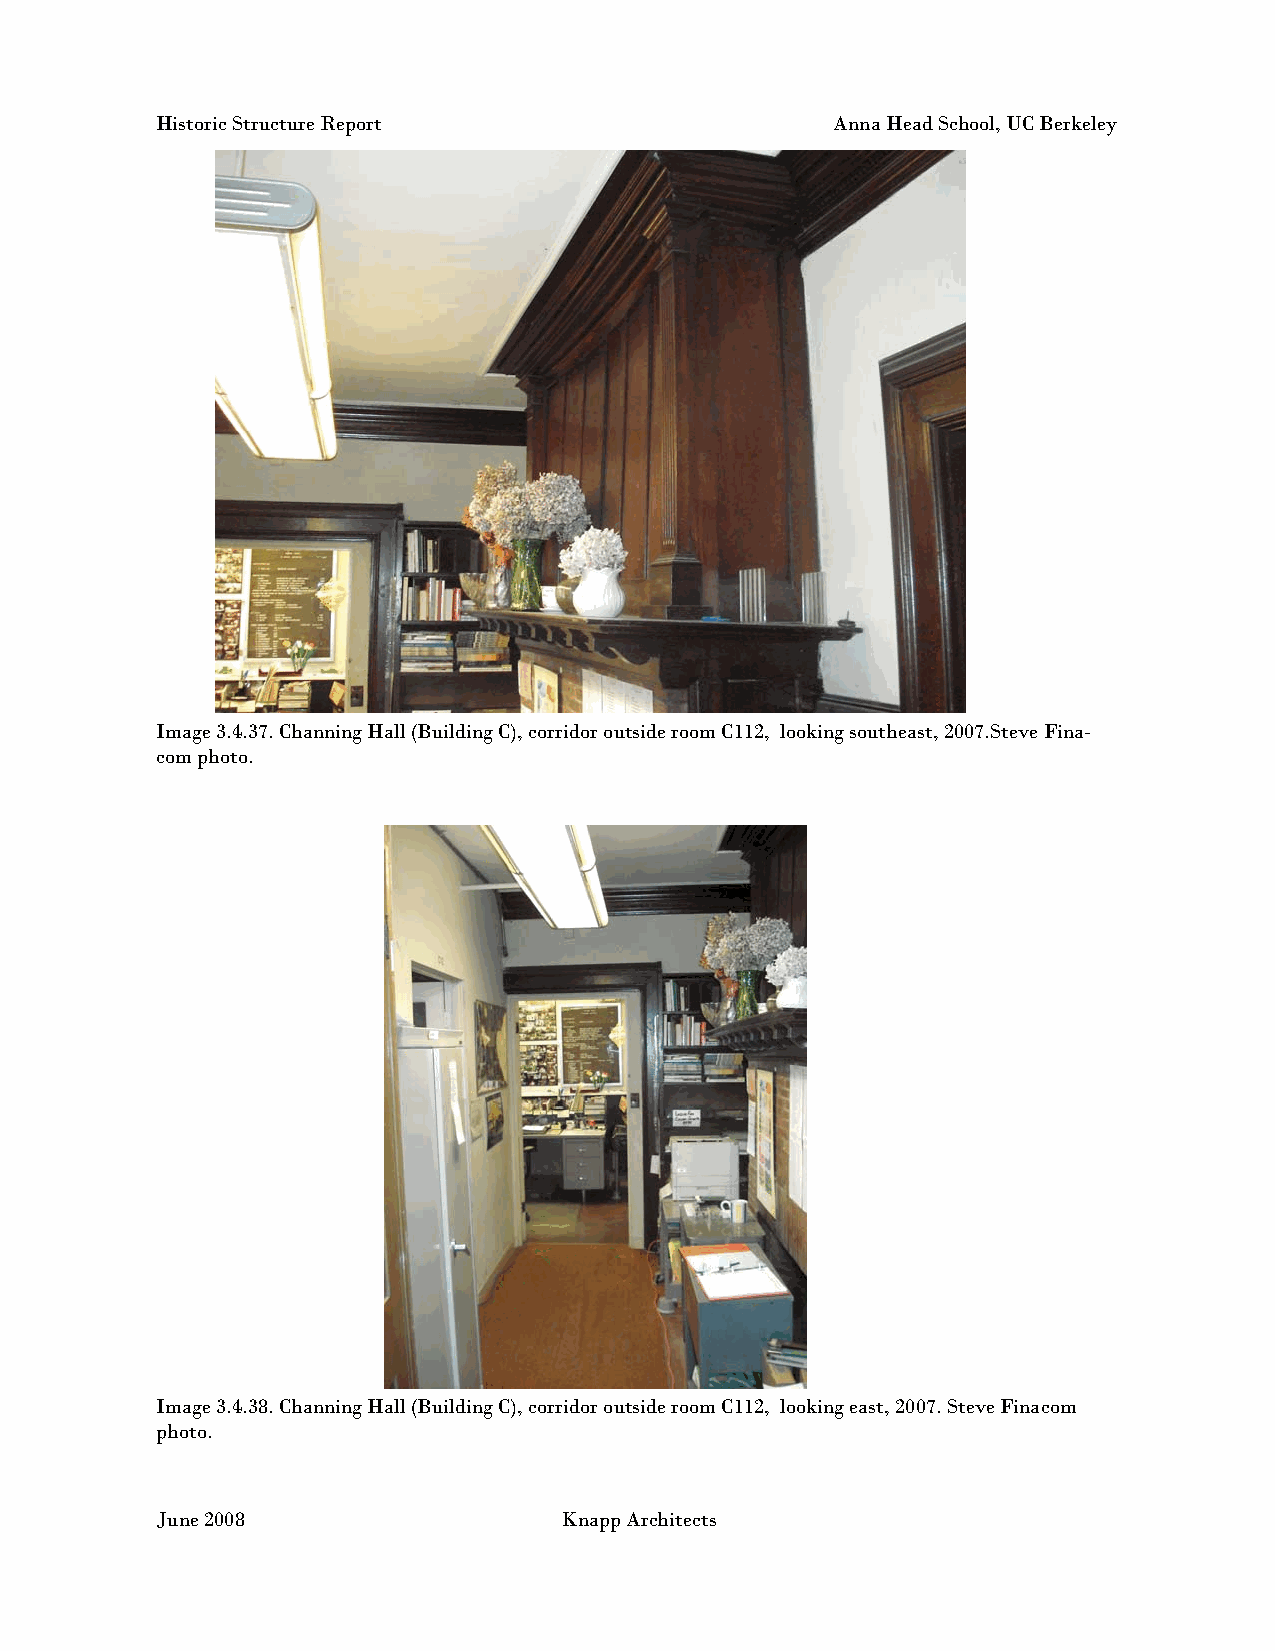
Historic Structure Report                    Anna Head School, UC Berkeley
 Image 3.4.37. Channing Hall (Building C), corridor outside room C112, looking southeast, 2007.Steve Fina-
 com photo.
 Image 3.4.38. Channing Hall (Building C), corridor outside room C112, looking east, 2007. Steve Finacom
 photo.
 June 2008                  Knapp Architects